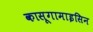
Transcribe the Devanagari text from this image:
कासूगामाइसिन